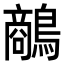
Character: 𪄲